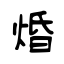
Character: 焝